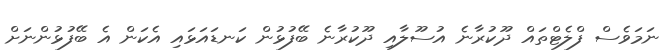
ނަމަވެސް ފްލެޓްތައް ދޫކުރާނެ އުސޫލާއި ދޫކުރާނެ ބޭފުޅުން ކަނޑައަޅައި އެކަން އެ ބޭފުޅުންނަށް